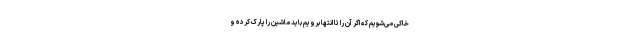
خاکی می‌شویم که اگر آن را تا انتها برویم باید ماشین را پارک کرده و